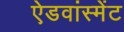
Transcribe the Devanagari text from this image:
ऐडवांस्मेंट